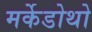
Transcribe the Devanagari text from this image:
मर्केडोथो